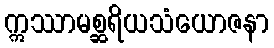
ဣဿာမစ္ဆရိယသံယောဇနာ